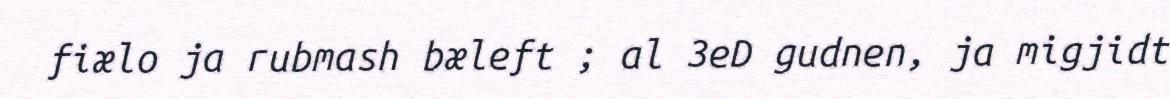
fiælo ja rubmash bæleft ; al 3eD gudnen, ja migjidt